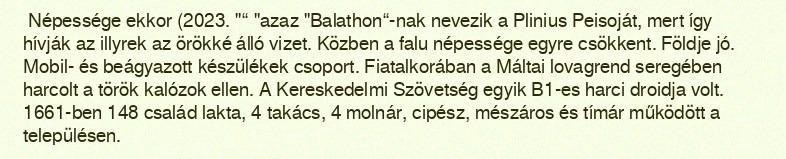
Népessége ekkor (2023. "“ "azaz "Balathon“-nak nevezik a Plinius Peisoját, mert így hívják az illyrek az örökké álló vizet. Közben a falu népessége egyre csökkent. Földje jó. Mobil- és beágyazott készülékek csoport. Fiatalkorában a Máltai lovagrend seregében harcolt a török kalózok ellen. A Kereskedelmi Szövetség egyik B1-es harci droidja volt. 1661-ben 148 család lakta, 4 takács, 4 molnár, cipész, mészáros és tímár működött a településen.